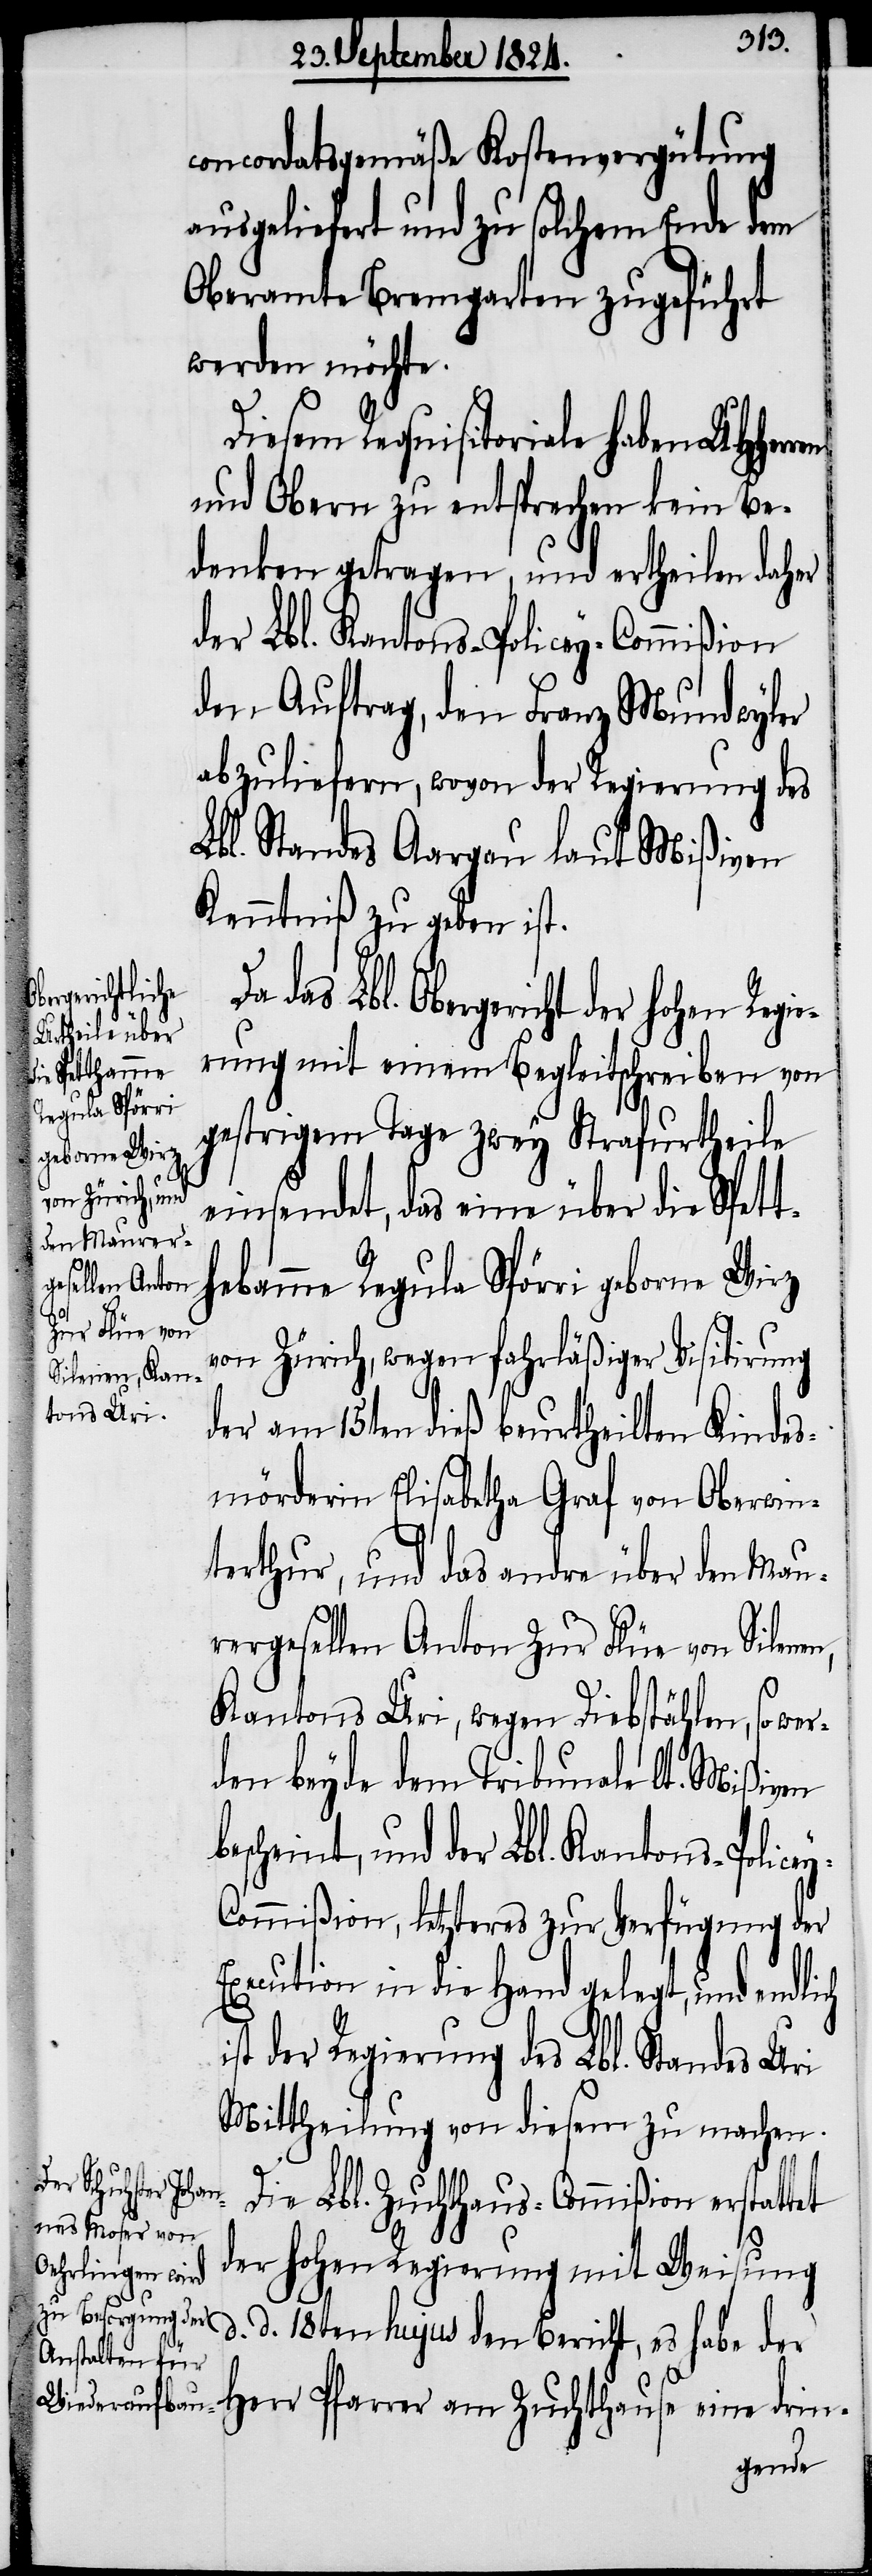
bescheint,
Regula Spörri
geborne Wirz
zur Verfügung der

concordatsgemäße Kostenvergütung
ausgeliefert und zu solchem Ende dem
Oberamte Bremgarten zugeführt
werden möchte.
Diesem Requisitoriale haben UHHerr¬
und Obern zu entsprechen kein Be¬
denken getragen, und ertheilen daher
der Lbl. Kantons-Policey-Commißion,
den Auftrag, den Franz Mundwyler
abzuliefern, wovon der Regierung des
Lbl. Standes Aargau laut Mißiven
Kenntniß zu geben ist.
Lbl. Obergericht der hohen Regi¬
erung mit einem Begleitschreiben von
gestrigem Tage zwey Strafurtheile
einsendet, das eine über die Spet¬
von Zürich, wegen fahrläßiger Visitirung
der am 15ten dieß beurtheilten Kindes¬
mörderin Elisabetha Graf von Oberwin¬
terthur, und das andre über den Mau¬
rergesellen Anton zur Flüe von Silene¬
n,
Kantons Uri, wegen Diebstählen, so wer¬
den beyde dem Tribunale lt. Mißiven
Execution in die Hand gelegt, und endlich
i¬
st der Regierung des Lbl. Standes Uri
Mittheilung von diesem zu machen.
Die Lbl. Zuchthaus-Commißion erstattet
der hohen Regierung mit Weisung
d. d. 18ten hujus den Bericht, es habe der
Herr Pfarrer am Zuchthause eine drin-